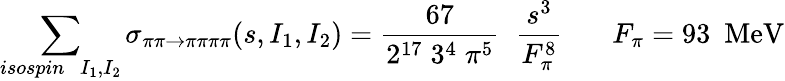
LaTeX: \sum_{isospin\; \; I_{1},I_{2}}\sigma_{\pi\pi\rightarrow\pi\pi\pi\pi}(s,I_{1},I_{2})=\frac{67}{2^{17}\; 3^{4}\; \pi^{5}}\; \; \frac{s^{3}}{F_{\pi}^{8}}~~~~~~~F_{\pi}=93~~\mathrm{MeV}